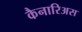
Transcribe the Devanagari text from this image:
कैनारिअस